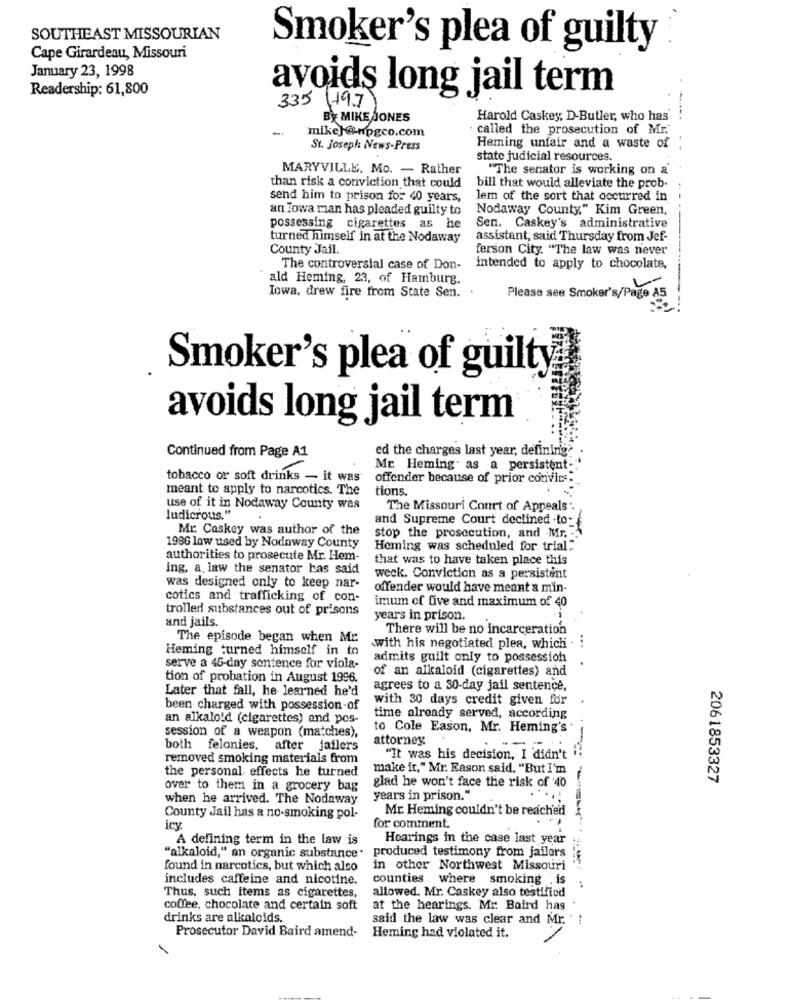
SOUTHEAST MISSOURIAN
Smoker's plea of guilty
Cape Girardeau, Missouri
January 23, 1998
Readership: 61,800
avoids long jail term
335 (197)
BY MIKE JONES
Harold Caskey, D-Butler, who has
mike}@npgco.com
· called the prosecution of Mr.
St. Joseph News-Press
Heming unfair and a waste of
state judicial resources.
MARYVILLE, Mo. - Rather
"The senator is working on a'
than risk a conviction that could
bill that would alleviate the prob.
send him to prison for 40 years,
lem of the sort that occurred in
an Iowa man has pleaded guilty to
Nodaway County," Kim Green,
possessing cigarettes as he
Sen. Caskey's administrative
turned himself in at the Nodaway
assistant, said Thursday from Jef-
County Jail.
ferson City. "The law was never
The controversial case of Don-
intended to apply to chocolate,
ald Heming, 23, of Hamburg.
Iowa, drew fire from State Sen. .
Please see Smoker's/Page A5
Smoker's plea of guilty
avoids long jail term
ed the charges last year, definirig?
Continued from Page A1
Mr. Heming as a persistent-
tobacco or soft drinks - it was
offender because of prior convite:
meant to apply to narcotics. The
tions
use of it in Nodaway County was
The Missouri Court of Appeals".
ludicrous."
and Supreme Court declined .to -
Mr. Caskey was author of the
stop the prosecution, and Mr.
1986 low used by Nodnway County
Heming was scheduled for trial:
authorities to prosecute Mr. Hem-
that was to have taken place this
ing, a, law the senator has said
weck. Conviction as a persistent
was designed only to keep nar-
offender would have meant a min-
cotics and trafficking of con
imum of five and maximum of 40
trolled substances out of prisons
and jails.
years in prison.
There will be no incarceration
The episode began when Mr.
Heming turned himself in to
with his negotiated plea, which .
admits guilt only to possession
serve a 45-day sentence for viola-
of an alkaloid (cigarettes) and
tion of probation in August 1996.
Later that fall, he learned he'd
agrees to a 30-day jail sentence,
with 30 days credit given for
been charged with possession of
an alkaloid (cigarettes) and pes-
time already served, according
session of a weapon (matches),
to Cole Eason, Mr. Heming's
attorney
both felonies, after jaflers
removed smoking materials from
"It was his decision, I 'didn't
the personal effects he turned
make it," Mr. Eason said, "But I'm
glad he won't face the risk of '40
2061853327
over to them in a grocery bag
when he arrived. The Nodaway
years in prison."
Mr. Heming couldn't be reached
County Jail has a no-smoking pol-
icy
for comment.
A defining term in the law is
Hearings in the case last year
"alkaloid," an organic substance"
produced testimony from jailers
found in narcotics, but which also
in other Northwest Missouri
includes caffeine and nicotine.
counties where smoking . is
allowed. Mr. Caskey also testified
Thus, such items as cigarettes,
coffee, chocolate and certain soft
at the hearings. Mr. Baird has
drinks are alkaloids.
said the law was clear and Mr.
Prosecutor David Baird amend-
Heming had violated it.